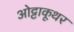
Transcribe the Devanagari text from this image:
ओट्टाकूथर